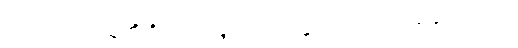
ဤစဉ်တွင် သူတို့ရှိရာ မမျှော်လင့်ဘဲနှင့် မဂမ်ရောက်လာသည်။